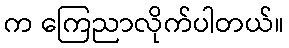
က ကြေညာလိုက်ပါတယ်။